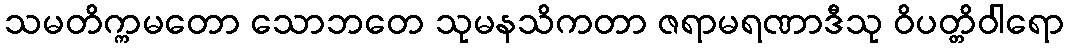
သမတိက္ကမတော သောဘတေ သုမနသိကတာ ဇရာမရဏာဒီသု ဝိပတ္တိဝါရော